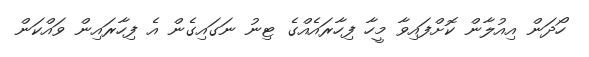
ހޯދަން އިއުލާން ކޮށްފައިވާ މީހާ ފިހާރައެއްގެ ޓިނު ނަގައިގެން އެ ފިހާރައިން ވައްކަން